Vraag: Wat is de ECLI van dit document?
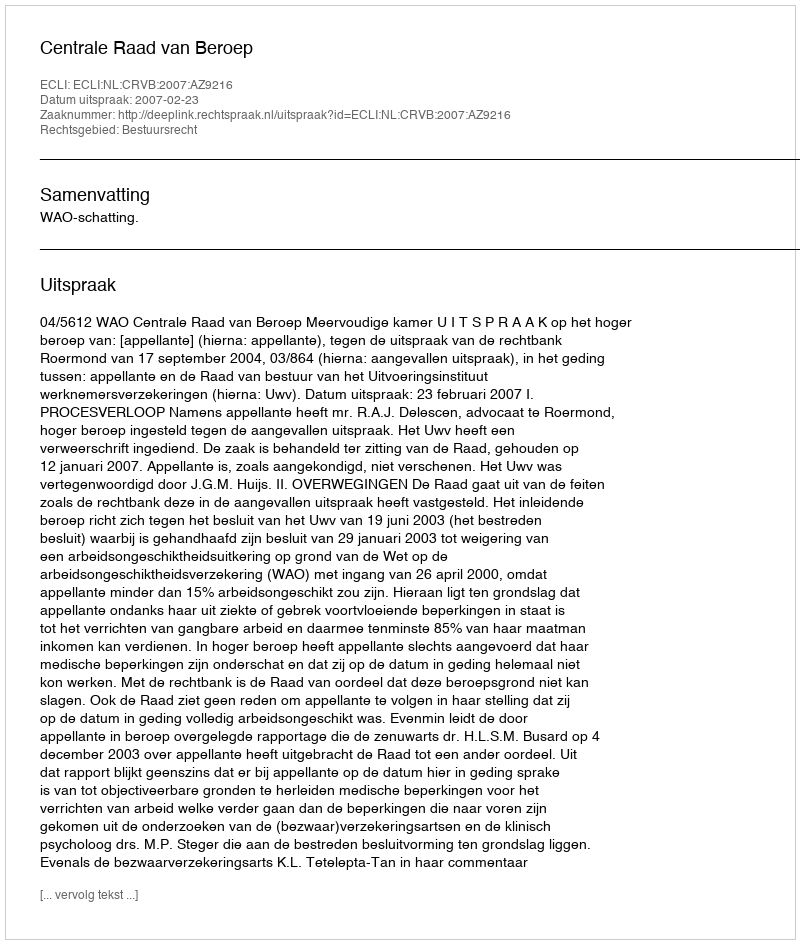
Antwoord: ECLI:NL:CRVB:2007:AZ9216